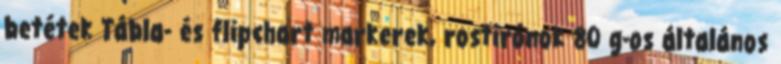
betétek Tábla- és flipchart markerek, rostirónok 80 g-os általános